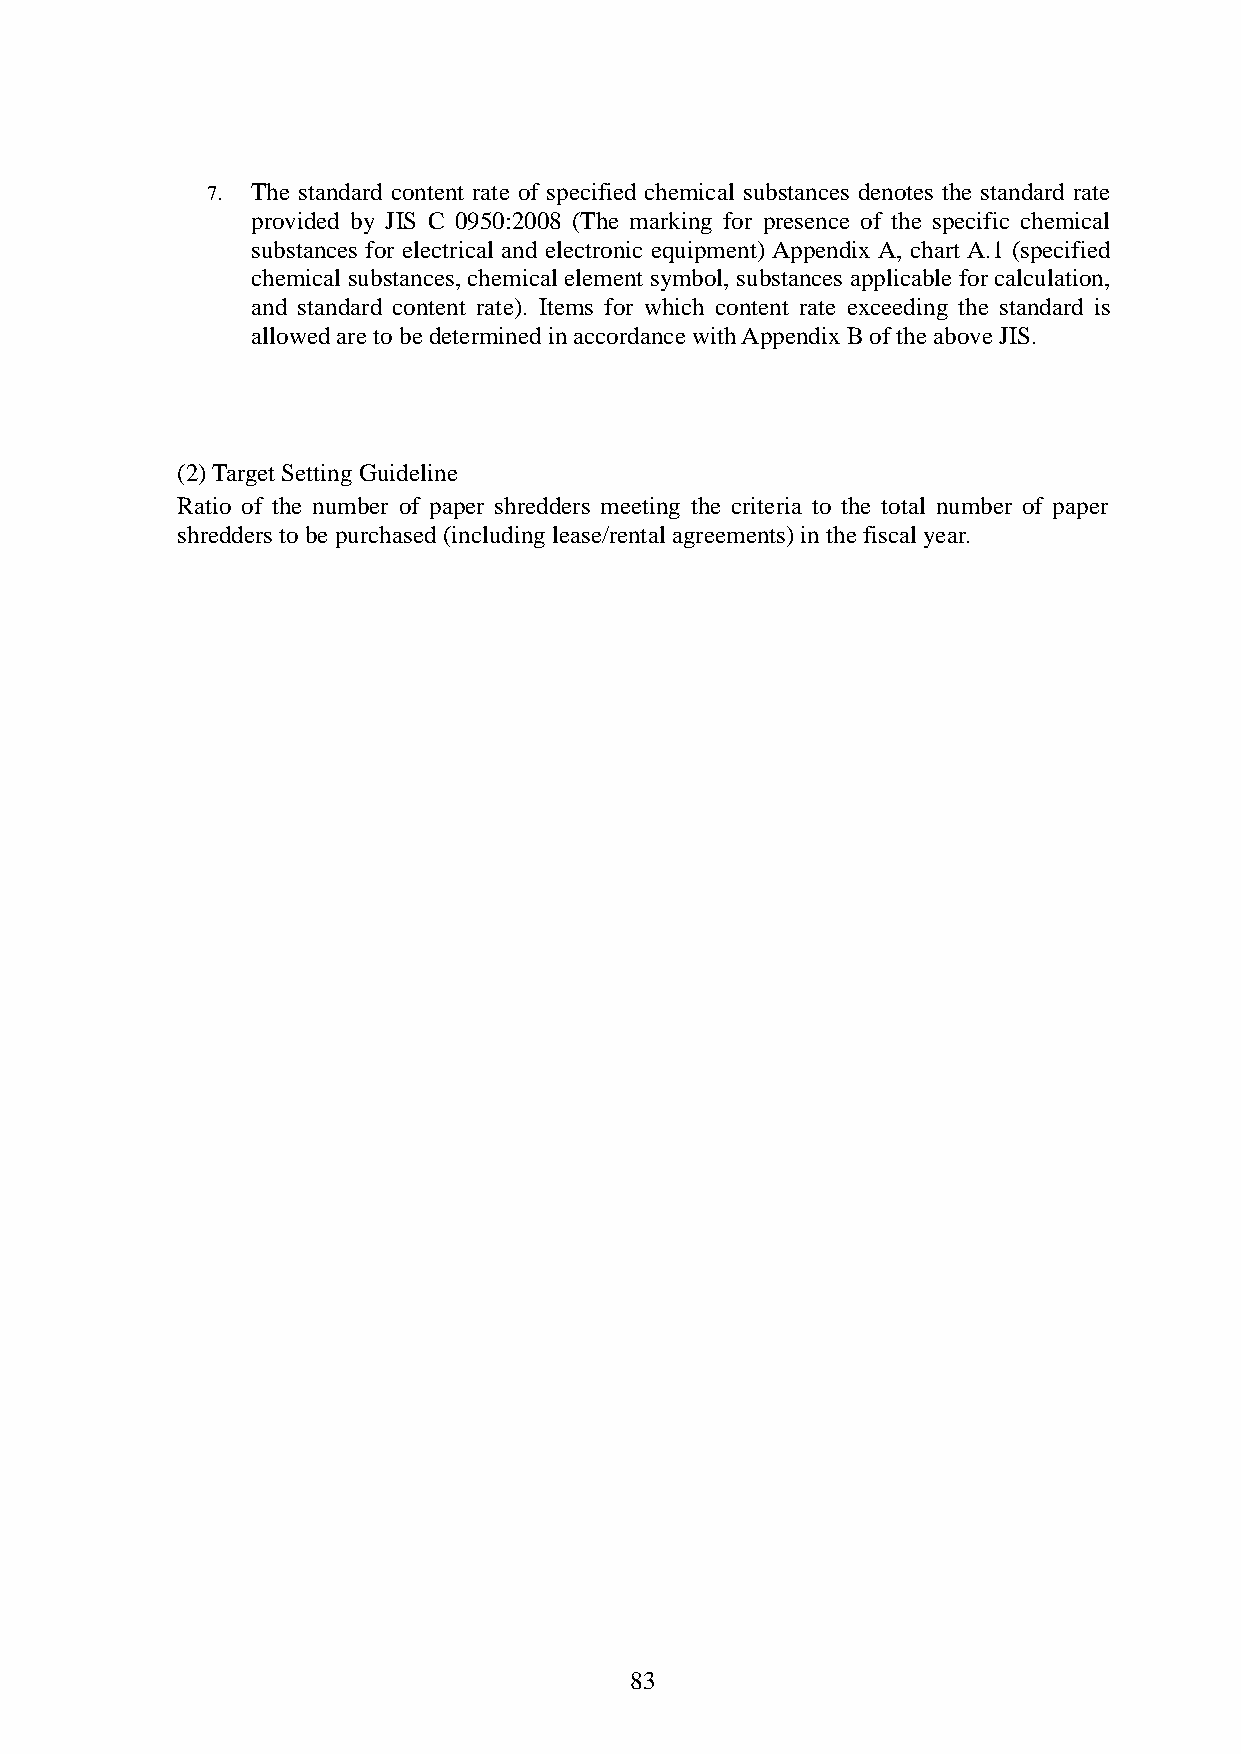
7. The standard content rate of specified chemical substances denotes the standard rate
 provided by JIS C 0950:2008 (The marking for presence of the specific chemical
 substances for electrical and electronic equipment) Appendix A, chart A.1 (specified
 chemical substances, chemical element symbol, substances applicable for calculation,
 and standard content rate). Items for which content rate exceeding the standard is
 allowed are to be determined in accordance with Appendix B of the above JIS.
 (2) Target Setting Guideline
 Ratio of the number of paper shredders meeting the criteria to the total number of paper
 shredders to be purchased (including lease/rental agreements) in the fiscal year.
 83